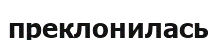
преклонилась